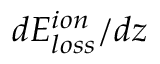
d E _ { l o s s } ^ { i o n } / d z